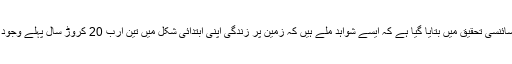
ایک تازہ ترین سائنسی تحقیق میں بتایا گیا ہے کہ ایسے شواہد ملے ہیں کہ زمین پر زندگی اپنی ابتدائی شکل میں تین ارب 20 کروڑ سال پہلے وجود میں آ گئی تھی۔